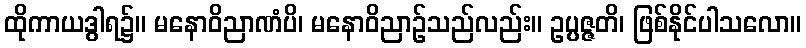
ထိုကာယဒွါရ၌။ မနောဝိညာဏံပိ၊ မနောဝိညာဉ်သည်လည်း။ ဥပ္ပဇ္ဇတိ၊ ဖြစ်နိုင်ပါသလော။